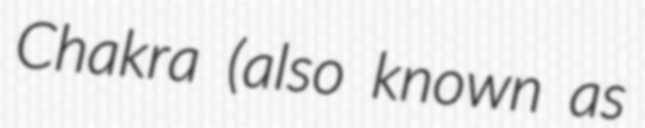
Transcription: Chakra (also known as